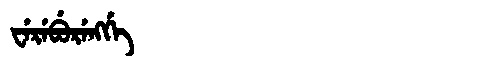
Manchu: ᠸᡝᡵᡝᠪᡠᡵᡝᠩᡤᡝ
Romanization: WEREBURENGGE